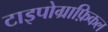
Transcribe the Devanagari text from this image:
टाइपोग्राफ़िकल